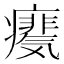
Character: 𪽺